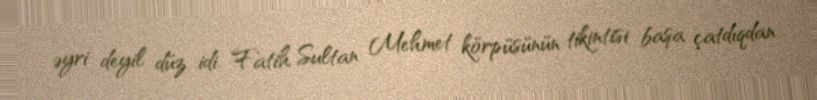
əyri deyil düz idi. Fatih Sultan Mehmet körpüsünün tikintisi başa çatdıqdan